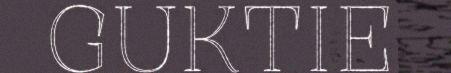
GUKTIE